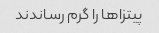
پیتزا‌ها را گرم رساندند